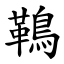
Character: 䳬